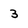
Character: 3